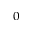
_ 0